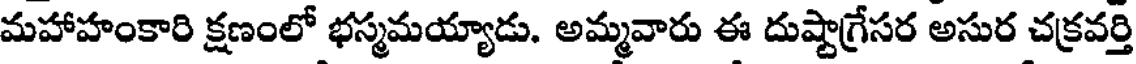
మహాహంకారి క్షణంలో భస్మమయ్యాడు. అమ్మవారు ఈ దుష్టాగ్రేసర అసుర చక్రవర్తి